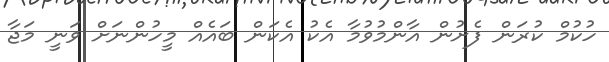
ހުކުމް ކުރަން ފެށުން އާންމުވުމާ އެކު އެކަން ބައެއް މީހުންނަށް ވަނީ މަޖާ